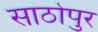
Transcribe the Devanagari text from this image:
साठोपुर